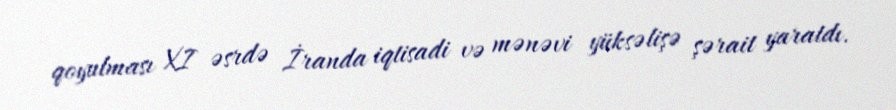
qoyulması XI əsrdə İranda iqtisadi və mənəvi yüksəlişə şərait yaratdı.